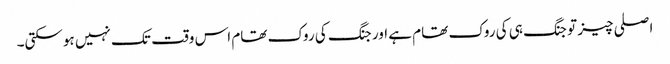
اصلی چیز تو جنگ ہی کی روک تھام ہے اور جنگ کی روک تھام اس وقت تک نہیں ہوسکتی۔